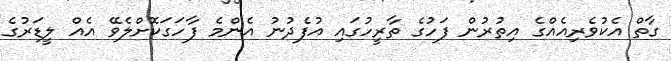
ގާތް އެކުވެރިއެއްގެ އިތުރުން ފަހުގެ ތާރީހުގައި އުފެދުނު އެންމެ ފާހަގަކޮށްލެވޭ އެއް ލީޑަރުގެ